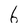
Character: 6